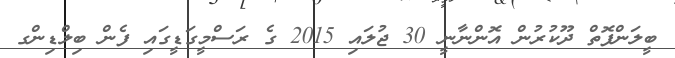
ބީލަންފޮތް ދޫކުރުން އޮންނާނީ 30 ޖުލައި 2015 ގެ ރަސްމީގަޑީގައި ފެން ބިލްޑިންގ